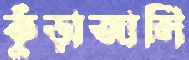
কুঁড়াজালি